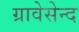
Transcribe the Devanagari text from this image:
ग्रावेसेन्द